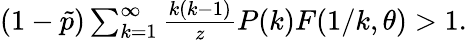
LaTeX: \begin{array}{r}{(1-\tilde{p})\sum_{k=1}^{\infty}\frac{k(k-1)}{z}P(k)F(1/k,\theta)>1.}\end{array}